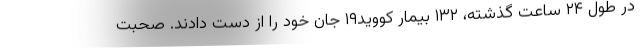
در طول ۲۴ ساعت گذشته، ۱۳۲ بیمار کووید۱۹ جان خود را از دست دادند. صحبت